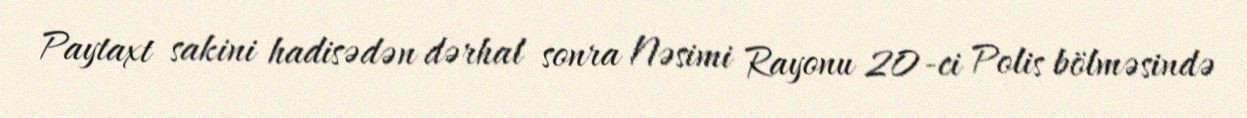
Paytaxt sakini hadisədən dərhal sonra Nəsimi Rayonu 20-ci Polis bölməsində